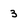
Character: 3